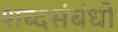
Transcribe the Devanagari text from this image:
शब्दसंबंधी